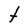
Character: t